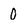
Character: 0